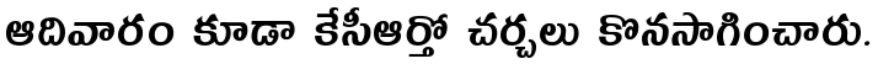
ఆదివారం కూడా కేసీఆర్తో చర్చలు కొనసాగించారు.